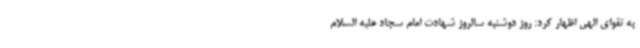
به تقوای الهی اظهار کرد: روز دوشنبه سالروز شهادت امام سجاد علیه السلام